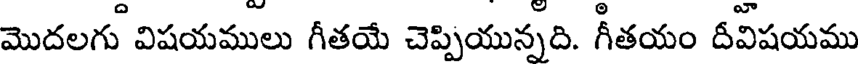
మొదలగు విషయములు గీతయే చెప్పియున్నది. గీతయం దీవిషయము